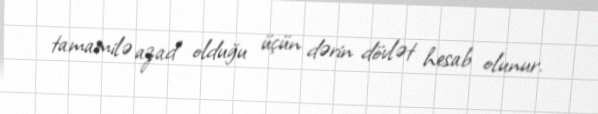
tamamilə azad olduğu üçün dərin dövlət hesab olunur.